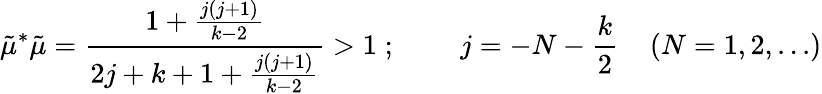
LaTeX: \tilde{\mu}^{*}\tilde{\mu}=\frac{1+\frac{j(j+1)}{k-2}}{2j+k+1+\frac{j(j+1)}{k-2}}>1\; ;\; \; \; \; \; \; \; \; j=-N-\frac{k}{2}\; \; \; \; (N={1,2,...})